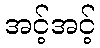
အင့်အင့်